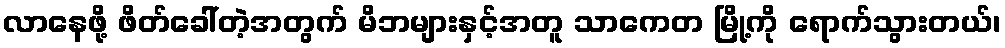
လာနေဖို့ ဖိတ်ခေါ်တဲ့အတွက် မိဘများနှင့်အတူ သာကေတ မြို့ကို ရောက်သွားတယ်၊